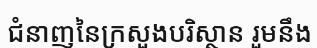
ជំនាញនៃក្រសួងបរិស្ថាន រួមនឹង